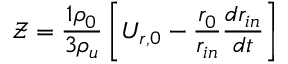
\mathcal { Z } = \frac { 1 \rho _ { 0 } } { 3 \rho _ { u } } \left[ U _ { r , 0 } - \frac { r _ { 0 } } { r _ { i n } } \frac { d r _ { i n } } { d t } \right]